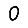
Digit: 0